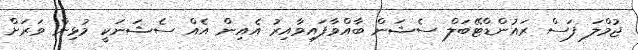
ޖުމްލަ ފަސް ރައުންޑްޓޭބަލް ސެޝަން ބާއްވާފައިވާއިރު އެއިން އެއް ސެޝަނަކީ މުޅިން ވަރަށް